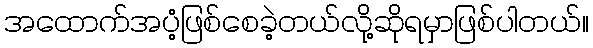
အထောက်အပံ့ဖြစ်စေခဲ့တယ်လို့ဆိုရမှာဖြစ်ပါတယ်။